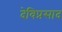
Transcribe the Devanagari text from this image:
देविप्रसाद